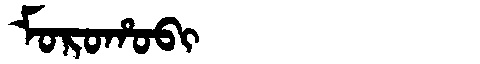
Manchu: ᠮᠣᡵᠣᡥᠣᠪᡳ
Romanization: MOROHOBI